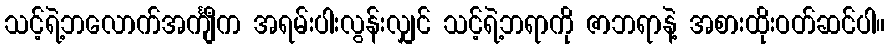
သင့်ရဲ့ဘလောက်အင်္ကျီက အရမ်းပါးလွန်းလျှင် သင့်ရဲ့ဘရာကို ဇာဘရာနဲ့ အစားထိုးဝတ်ဆင်ပါ။